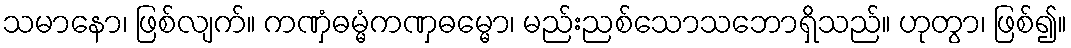
သမာနော၊ ဖြစ်လျက်။ ကဏှံဓမ္မံကဏှဓမ္မော၊ မည်းညစ်သောသဘောရှိသည်။ ဟုတွာ၊ ဖြစ်၍။